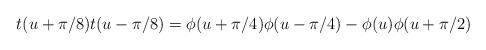
\begin{align*}t(u+\pi/8)t(u-\pi/8)=\phi(u+\pi/4)\phi(u-\pi/4)-\phi(u)\phi(u+\pi/2)\end{align*}